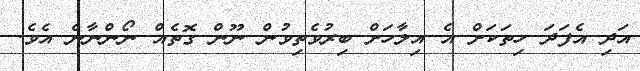
އަދި އެފަދަ ހިތަކަށް އެ އިލާހަށް ބިރުވެތިވުން ނޫން ގޮތެއް ނޯންނާނެ އެވެ.